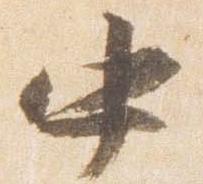
中